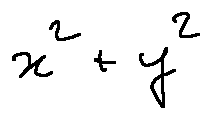
x ^ { 2 } + y ^ { 2 }